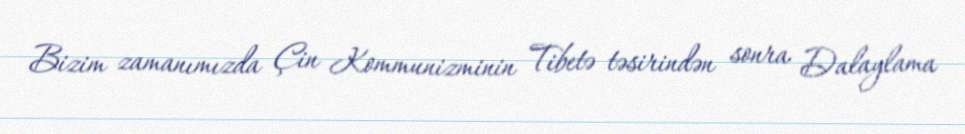
Bizim zamanımızda Çin Kommunizminin Tibetə təsirindən sonra Dalaylama